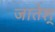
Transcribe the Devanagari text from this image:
जातेश्